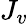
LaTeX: J_{v}